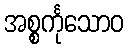
အစ္စင်္ကုသောဝ